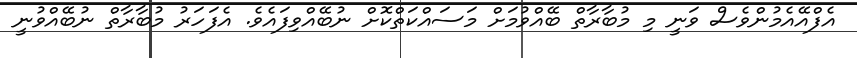
އެފްއޭއެމުންވެސް ވަނީ މި މުބާރާތް ބޭއްވުމަށް މަސައްކަތްކޮށް ނުބޭއްވިފައެވެ. އެފަހަރު މުބާރާތް ނުބޭއްވުނީ